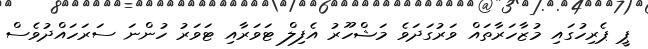
ޕީ ޕެރިހުގައި މުޒާހަރާތައް ވަރުގަދަވެ މަޝްހޫރު އެފިލް ޓަވަރާއި ޓަވަރު ހުންނަ ސަރަހައްދުވެސް